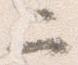
二